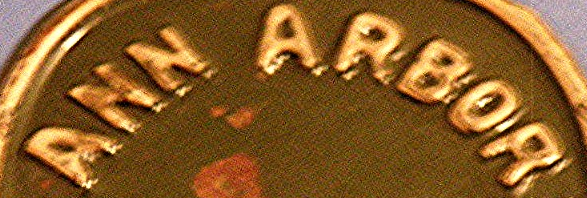
ANN ARBOR